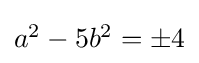
\textstyle a^{2}-5b^{2}=\pm 4